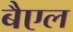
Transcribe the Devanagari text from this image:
बैएल